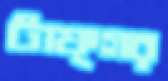
টাফ্গর